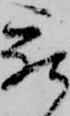
被